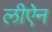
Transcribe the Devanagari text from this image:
लीऐन